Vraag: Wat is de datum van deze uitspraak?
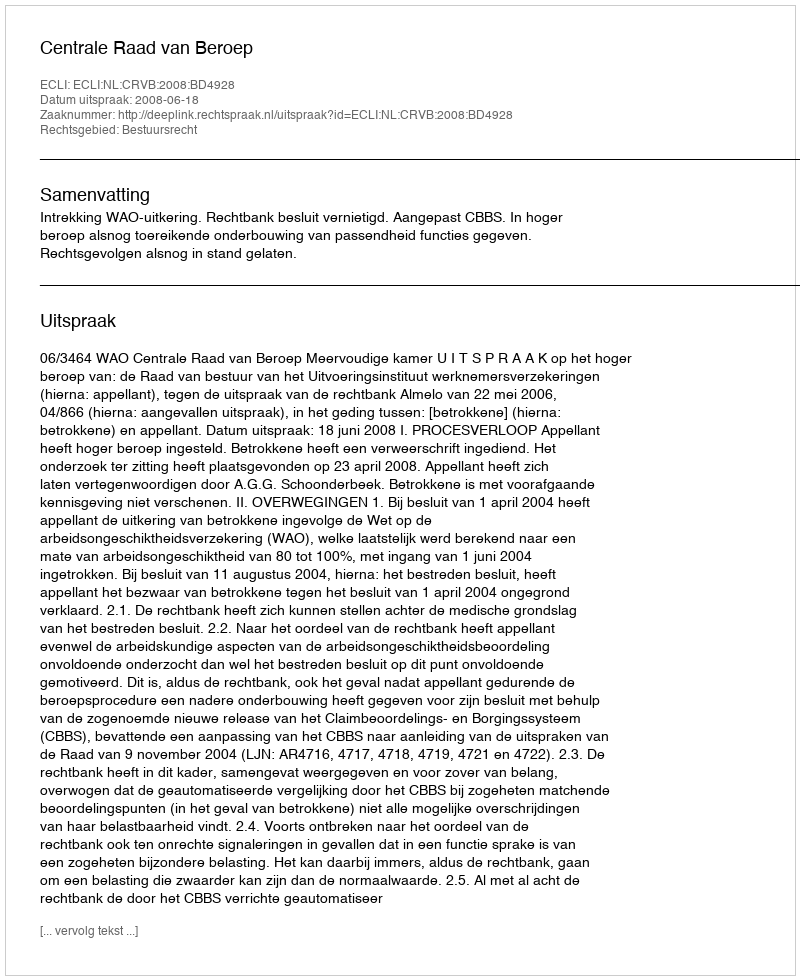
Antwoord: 2008-06-18